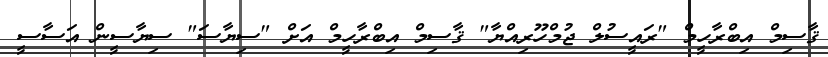
ޤާސިމް އިބްރާހީމް "ރައީސުލް ޖުމްހޫރިއްޔާ" ޤާސިމް އިބްރާހީމް އަށް "ސިޔާސަ" ސިޔާސީން އަސާސީ